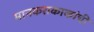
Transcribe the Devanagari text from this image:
मानकराकाकांची